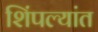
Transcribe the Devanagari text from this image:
शिंपल्यांत